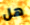
هل